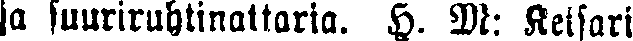
ja suuriruhtinattaria. H. M: Keisari